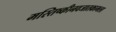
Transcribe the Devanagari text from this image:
मस्तिष्कीनवजातकामला